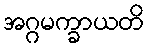
အဂ္ဂမက္ခာယတိ